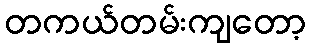
တကယ်တမ်းကျတော့